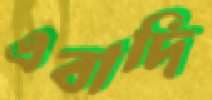
এবাদি